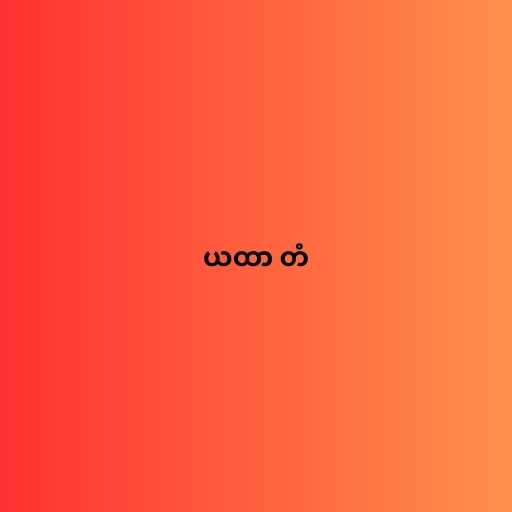
ယထာ တံ